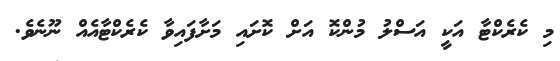
މި ކެރެކްޓާ އަކީ އަސްލު މުންކޮ އަށް ކޮށައި މަށާފައިވާ ކެރެކްޓާއެއް ނޫނެވެ.